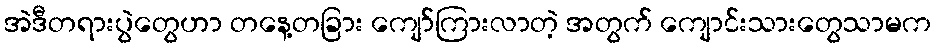
အဲဒီတရားပွဲတွေဟာ တနေ့တခြား ကျော်ကြားလာတဲ့ အတွက် ကျောင်းသားတွေသာမက